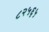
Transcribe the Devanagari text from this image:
८२५६५